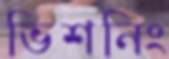
ভিশনিং